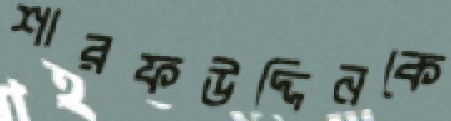
শারফউদ্দিনকে